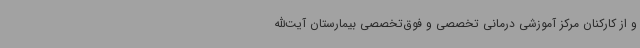
و از کارکنان مرکز آموزشی درمانی تخصصی و فوق‌تخصصی بیمارستان آیت‌الله